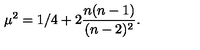
\mu ^ { 2 } = 1 / 4 + 2 { \frac { n ( n - 1 ) } { ( n - 2 ) ^ { 2 } } } .